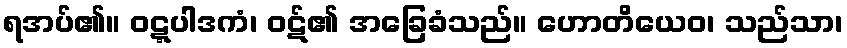
ရအပ်၏။ ဝဋ္ဋပါဒကံ၊ ဝဋ်၏ အခြေခံသည်။ ဟောတိယေဝ၊ သည်သာ၊